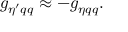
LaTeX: g _ { \eta ^ { \prime } q q } \approx - g _ { \eta q q } .